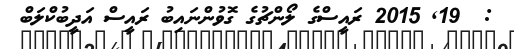
:  19